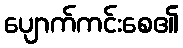
ပျောက်ကင်းစေ၏